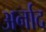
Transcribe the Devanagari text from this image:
अर्नाद